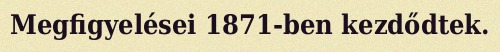
Megfigyelései 1871-ben kezdődtek.